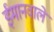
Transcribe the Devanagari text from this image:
ईमानवाले